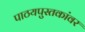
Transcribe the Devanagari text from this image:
पाठयपुस्तकांवर